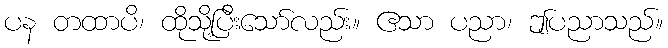
ပန တထာပိ၊ ထိုသို့ပြီးသော်လည်း။ ဧသာ ပညာ၊ ဤပညာသည်။